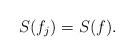
LaTeX: \begin{align*}S(f_j)=S(f).\end{align*}